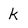
Character: k